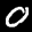
Label: 0